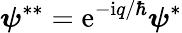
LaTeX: \boldsymbol{\psi}^{**}=\mathrm{e}^{-\mathrm{i}q/\hbar}\boldsymbol{\psi}^{*}